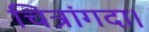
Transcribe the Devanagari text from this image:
चित्रांगदा।